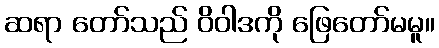
ဆရာ တော်သည် ဝိဝါဒကို ဖြေတော်မမူ။